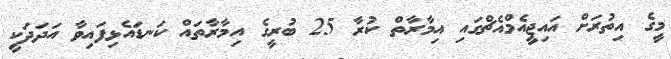
މީގެ އިތުރަށް އައިޖީއެމްއެޗްގައި އިމާރާތް ކުރާ 25 ބުރީގެ އިމާރާތައް ކަނޑައެޅިފައިވާ އަދަދަކީ